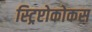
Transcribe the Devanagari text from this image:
स्ट्रिप्टोकोकस